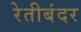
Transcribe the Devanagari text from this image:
रेतीबंदर